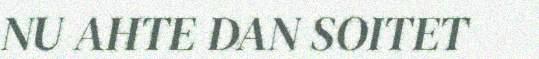
NU AHTE DAN SOITET